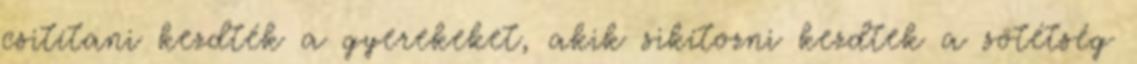
csitítani kezdték a gyerekeket, akik sikítozni kezdtek a sötétség